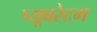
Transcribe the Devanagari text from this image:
प्यूबरेटम